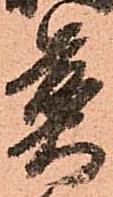
煎